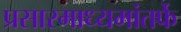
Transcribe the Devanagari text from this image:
प्रसारमाध्यमांतर्फे